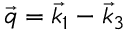
\vec { q } = \vec { k } _ { 1 } - \vec { k } _ { 3 }